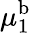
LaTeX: \mu_{1}^{\mathrm{b}}